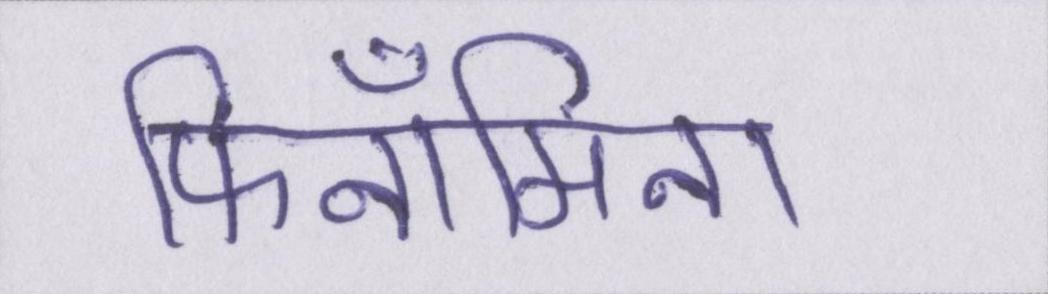
फिनॉमिना